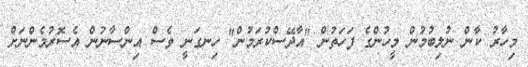
މިހާރު ކާން ނުލިބުމުން މީހުންގެ ފަހަތުން "އާދޭސްކުރަމުން" ހިނގަނީ ވެސް އިންސާނުން އެސޮރުމެންނަށް